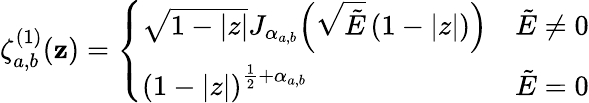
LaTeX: \zeta_{a,b}^{(1)}(\mathbf{z})=\left\{ \begin{array}{ll}{\sqrt{1-|z|}J_{\alpha_{a,b}}\! \left(\sqrt{\tilde{E}}\left(1-|z|\right)\right)}&{\tilde{E}\neq 0}\\ {{\left(1-|z|\right)}^{\frac{1}{2}+{\alpha_{a,b}}}}&{\tilde{E}=0}\end{array}\right.